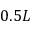
0 . 5 L